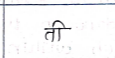
मजकूर: ती